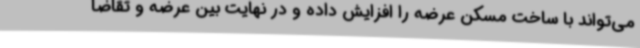
می‌تواند با ساخت مسکن عرضه را افزایش داده و در نهایت بین عرضه و تقاضا